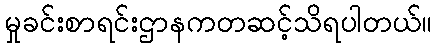
မှုခင်းစာရင်းဌာနကတဆင့်သိရပါတယ်။